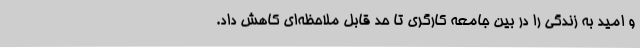
و امید به زندگی را در بین جامعه کارگری تا حد قابل ملاحظه‌ای کاهش داد.